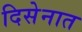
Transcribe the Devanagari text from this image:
दिसेनात